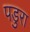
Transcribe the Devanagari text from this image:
पडुरा